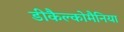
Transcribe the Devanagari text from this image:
डीकैल्कोमैनिया